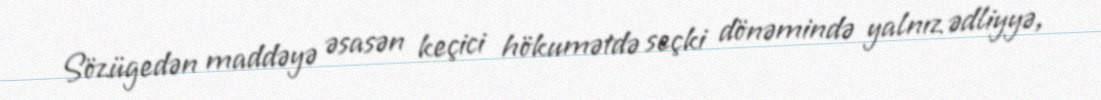
Sözügedən maddəyə əsasən keçici hökumətdə seçki dönəmində yalnız ədliyyə,